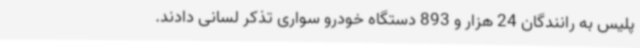
پلیس به رانندگان 24 هزار و 893 دستگاه خودرو سواری تذکر لسانی دادند.